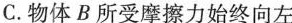
C. 物体B所受摩擦力始终向左